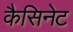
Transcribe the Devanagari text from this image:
कैसिनेट